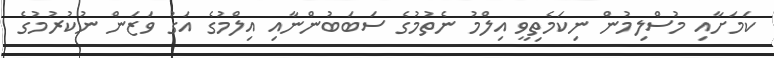
ކަމަށާއި މުސްލިމުން ނިކަމެތިވީ އިލްމު ނެތުމުގެ ސަބަބުންނާއި އިލްމުގެ އަގު ވަޒަން ނުކުރުމުގެ